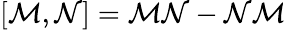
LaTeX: \left[\mathcal{M},\mathcal{N}\right]=\mathcal{M}\mathcal{N}-\mathcal{N}\mathcal{M}